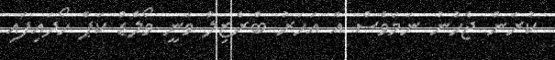
ކުރަން ޖެހުނު ނަމަވެސް އެ އަހަރު ބްރެޒިލް ވަނީ ވޯލްޑް ކަޕް ހޯދައިފައި